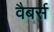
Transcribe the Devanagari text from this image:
वैबर्स